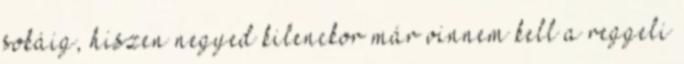
sokáig, hiszen negyed kilenckor már vinnem kell a reggeli